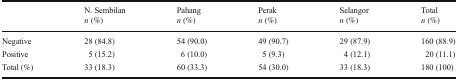
|  | N. Sembilann (%) | Pahangn (%) | Perakn (%) | Selangorn (%) | Totaln (%) |
 | --- | --- | --- | --- | --- | --- |
 | Negative | 28 (84.8) | 54 (90.0) | 49 (90.7) | 29 (87.9) | 160 (88.9) |
 | Positive | 5 (15.2) | 6 (10.0) | 5 (9.3) | 4 (12.1) | 20 (11.1) |
 | Total (%) | 33 (18.3) | 60 (33.3) | 54 (30.0) | 33 (18.3) | 180 (100) |